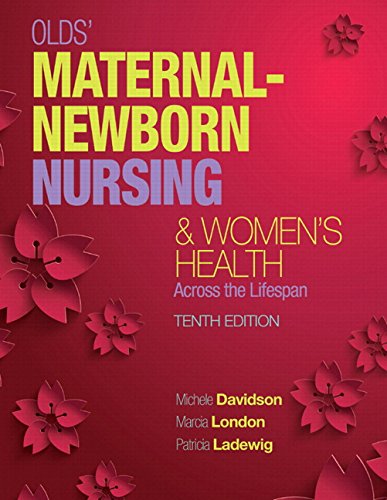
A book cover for Olds' Maternal-Newborn Nursing & Women's Health Across the Lifespan Plus MyNursingLab with Pearson eText -- Access Card Package (10th Edition); Michele C. Davidson; Medical Books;